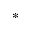
^ *